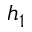
h _ { 1 }